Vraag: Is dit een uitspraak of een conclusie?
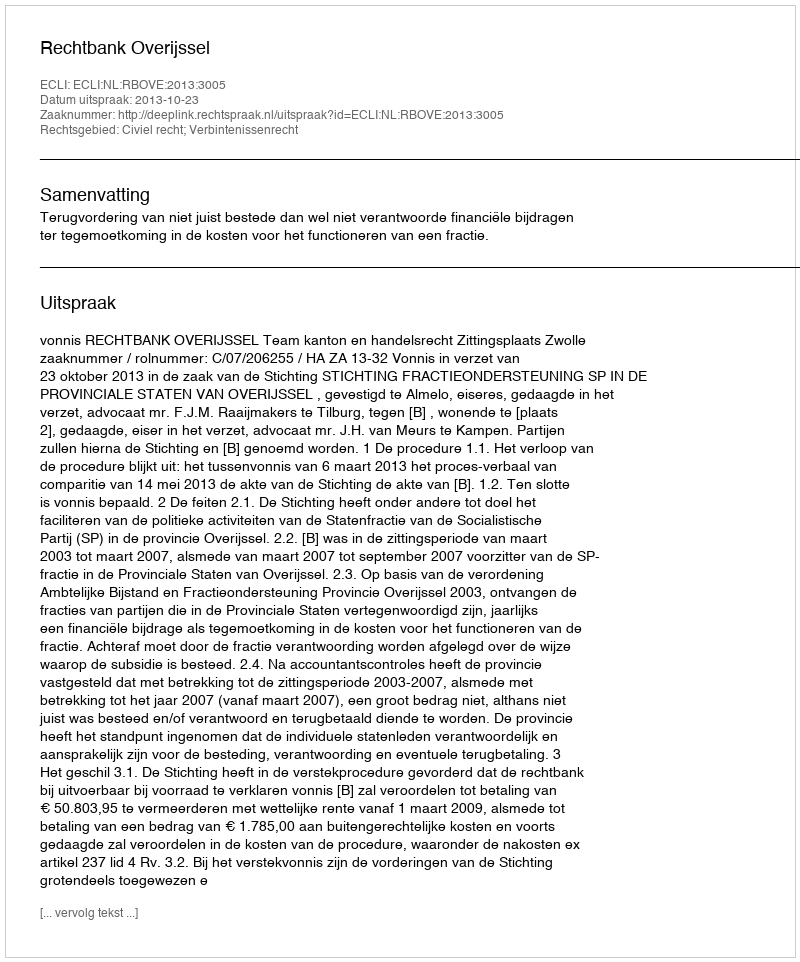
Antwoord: Uitspraak